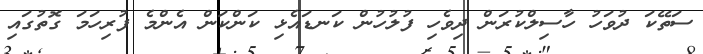
ސަތޭކަ ދުވަހު ހާސިލްކުރަން ދިވެހި ފުލުހުން ކަނޑައެޅި ކަންކަން އެންމެ ފުރިހަމަ ގޮތުގައި